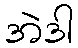
အဲဒါ